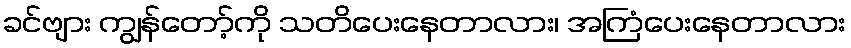
ခင်ဗျား ကျွန်တော့်ကို သတိပေးနေတာလား၊ အကြံပေးနေတာလား